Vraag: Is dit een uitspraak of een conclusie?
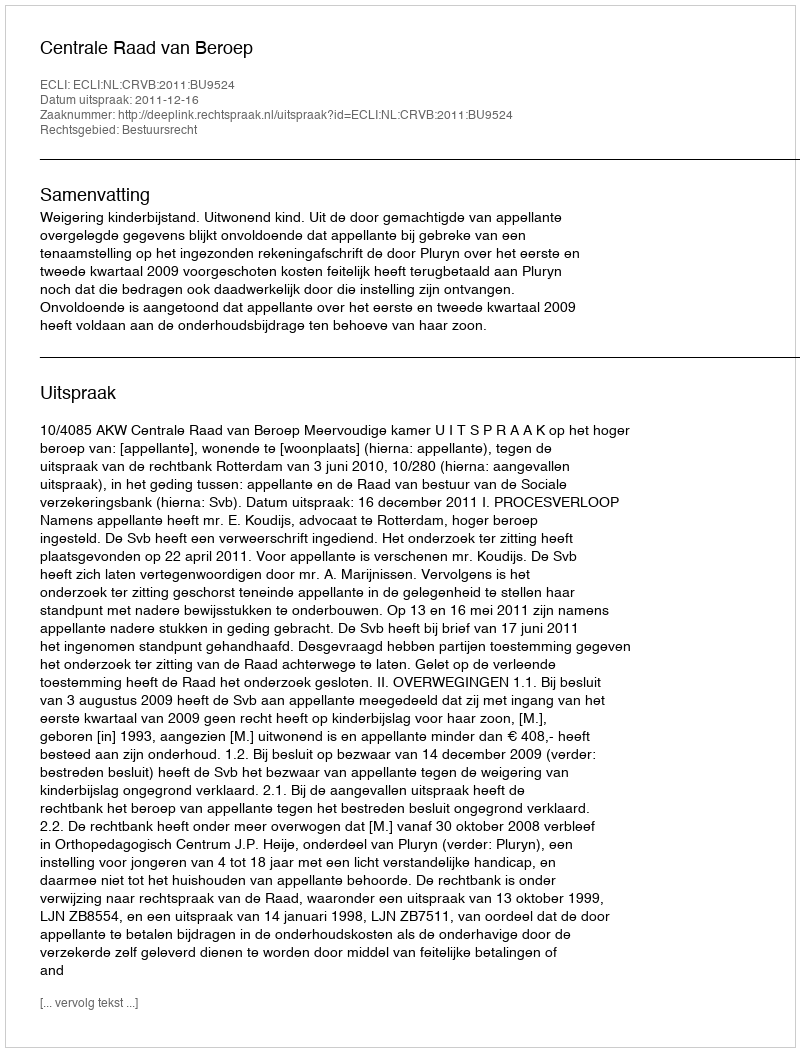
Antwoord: Uitspraak